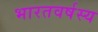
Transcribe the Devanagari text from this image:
भारतवर्षस्य